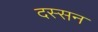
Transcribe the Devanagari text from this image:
दस्सन